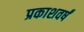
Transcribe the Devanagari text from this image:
प्रकाशवर्षं